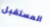
المستقبل